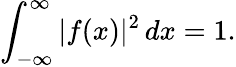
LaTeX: \int_{-\infty}^{\infty}|f(x)|^{2}\, dx=1.